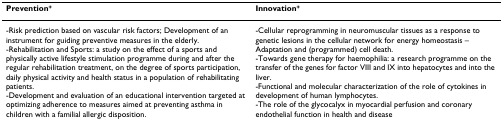
<table><thead><tr><td><b>Prevention<sup>+</sup></b></td><td><b>Innovation<sup>+</sup></b></td></tr></thead><tbody><tr><td>-Risk prediction based on vascular risk factors; Development of an instrument for guiding preventive measures in the elderly.-Rehabilitation and Sports: a study on the effect of a sports and physically active lifestyle stimulation programme during and after the regular rehabilitation treatment, on the degree of sports participation, daily physical activity and health status in a population of rehabilitating patients.-Development and evaluation of an educational intervention targeted at optimizing adherence to measures aimed at preventing asthma in children with a familial allergic disposition.</td><td>-Cellular reprogramming in neuromuscular tissues as a response to genetic lesions in the cellular network for energy homeostasis – Adaptation and (programmed) cell death.-Towards gene therapy for haemophilia: a research programme on the transfer of the genes for factor VIII and IX into hepatocytes and into the liver.-Functional and molecular characterization of the role of cytokines in development of human lymphocytes.-The role of the glycocalyx in myocardial perfusion and coronary endothelial function in health and disease</td></tr></tbody></table>